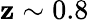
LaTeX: \mathbf{z}\sim0.8